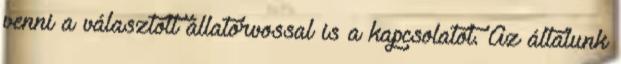
venni a választott állatorvossal is a kapcsolatot. Az általunk